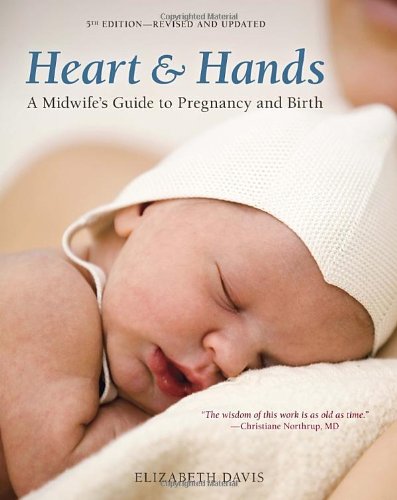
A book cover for Heart and Hands, Fifth Edition: A Midwife's Guide to Pregnancy and Birth; Elizabeth Davis; Parenting & Relationships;